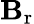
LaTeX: \mathbf{B}_{\mathrm{r}}